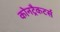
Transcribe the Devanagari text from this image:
कोनट्रैकटर्स